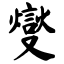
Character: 燮